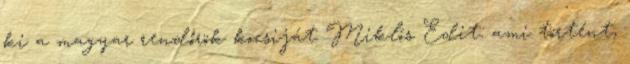
ki a magyar rendőrök kocsiját Miklós Edit: ami történt,